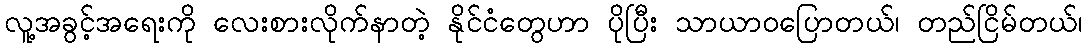
လူ့အခွင့်အရေးကို လေးစားလိုက်နာတဲ့ နိုင်ငံတွေဟာ ပိုပြီး သာယာဝပြောတယ်၊ တည်ငြိမ်တယ်၊